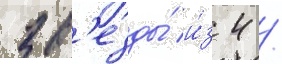
зв'езды́ и́з 4 /